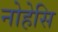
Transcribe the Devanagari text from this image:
नोहेसि